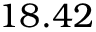
1 8 . 4 2